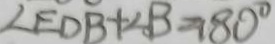
\angle E D B + \angle B = 1 8 0 ^ { \circ }